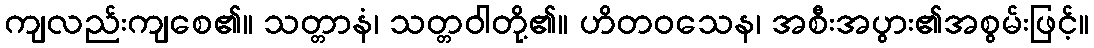
ကျလည်းကျစေ၏။ သတ္တာနံ၊ သတ္တဝါတို့၏။ ဟိတဝသေန၊ အစီးအပွား၏အစွမ်းဖြင့်။